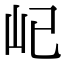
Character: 𡴾